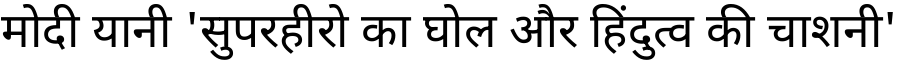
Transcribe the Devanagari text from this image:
मोदी यानी 'सुपरहीरो का घोल और हिंदुत्व की चाशनी'